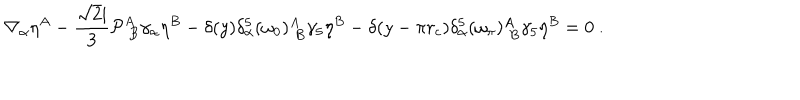
\nabla _ { \alpha } \eta ^ { A } - \frac { \sqrt { 2 } \mathrm { i } } { 3 } { \cal P } _ { \; B } ^ { A } \gamma _ { \alpha } \eta ^ { B } - \delta ( y ) \delta _ { \alpha } ^ { 5 } ( \omega _ { 0 } ) _ { \; B } ^ { A } \gamma _ { 5 } \eta ^ { B } - \delta ( y - \pi r _ { c } ) \delta _ { \alpha } ^ { 5 } ( \omega _ { \pi } ) _ { \; B } ^ { A } \gamma _ { 5 } \eta ^ { B } = 0 \ .